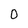
Character: 0